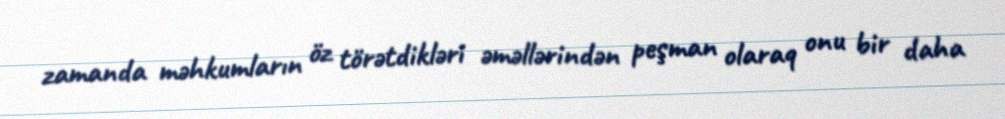
zamanda məhkumların öz törətdikləri əməllərindən peşman olaraq onu bir daha